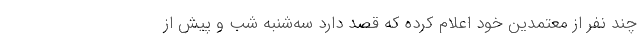
چند نفر از معتمدین خود اعلام کرده که قصد دارد سه‌شنبه شب و پیش از